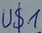
Text: U$1